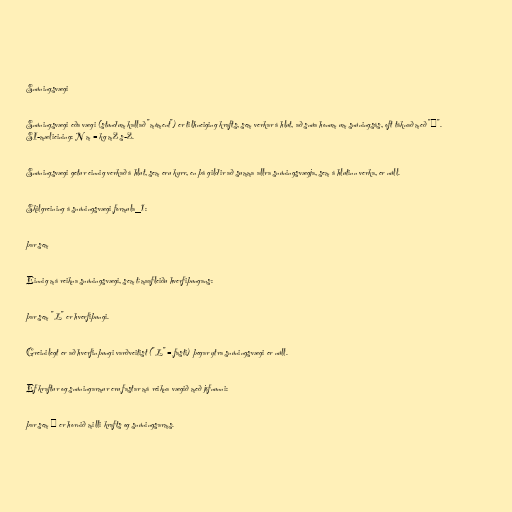
Snúningsvægi

Snúningsvægi eða vægi (stundum kallað "móment") er tilhneiging krafts, sem verkar á hlut, að snúa honum um snúningsás, oft táknað með "τ".
SI-mælieining: N m = kg m2 s-2.

Snúningsvægi getur einnig verkað á hlut, sem eru kyrr, en þá gildir að summa allra snúningsvægja, sem á hlutinn verka, er núll.

Skilgreining á snúningsvægi formula_1:

þar sem

Einnig má reikna snúningsvægi, sem tímaafleiðu hverfiþungans:

þar sem "L" er hverfiþungi.

Greinilegt er að hverfinþungi varðveitist ("L" = fasti) þegar ytra snúningsvægi er núll.

Ef kraftur og snúningarmur eru fastar má reikna vægið með jöfnunni:

þar sem θ er hornið milli krafts og snúningsarms.